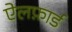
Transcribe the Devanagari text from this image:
ऐलफ़ार्ड